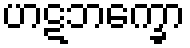
ဟဋဘက္ခော